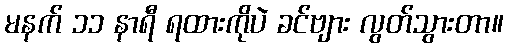
မနက် ၁၁ နာရီ ရထားကိုပဲ ခင်ဗျား လွတ်သွားတာ။